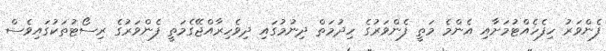
ފެންވަރު ހިފެހެއްޓުމަށާއި އެންމެ މަތީ ފެންވަރުގެ ހިދުމަތް ދިނުމުގައި ދިވެހިރާއްޖޭގެމަތީ ފެންވަރުގެ ރިސޯޓުތަކުގައިވެސް